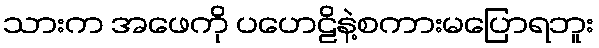
သားက အဖေကို ပဟေဠိနဲ့စကားမပြောရဘူး